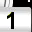
Digit: 1